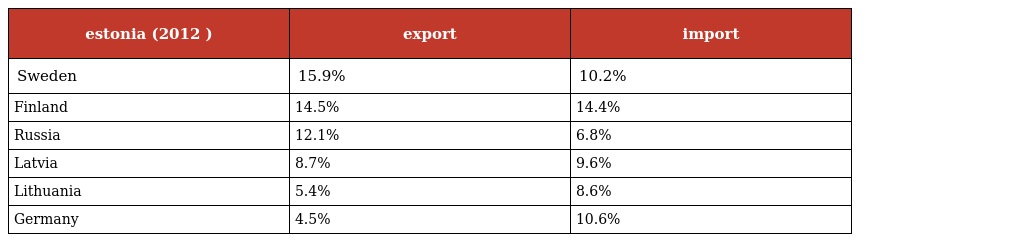
| estonia (2012 ) | export | import |
 | --- | --- | --- |
 | Sweden | 15.9% | 10.2% |
 | Finland | 14.5% | 14.4% |
 | Russia | 12.1% | 6.8% |
 | Latvia | 8.7% | 9.6% |
 | Lithuania | 5.4% | 8.6% |
 | Germany | 4.5% | 10.6% |